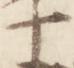
十